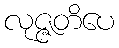
လုဇ္ဇတိပေ